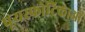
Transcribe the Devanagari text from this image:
पूयस्फोटिकाओं